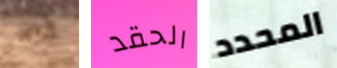
اقضى الحقد المحدد